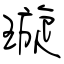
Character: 璇